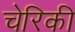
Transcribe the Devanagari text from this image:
चेरिकी